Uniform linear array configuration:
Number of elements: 8
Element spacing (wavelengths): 1
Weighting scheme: hamming
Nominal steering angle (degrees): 0
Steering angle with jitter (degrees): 1.631
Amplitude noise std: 0.05
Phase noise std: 0.05

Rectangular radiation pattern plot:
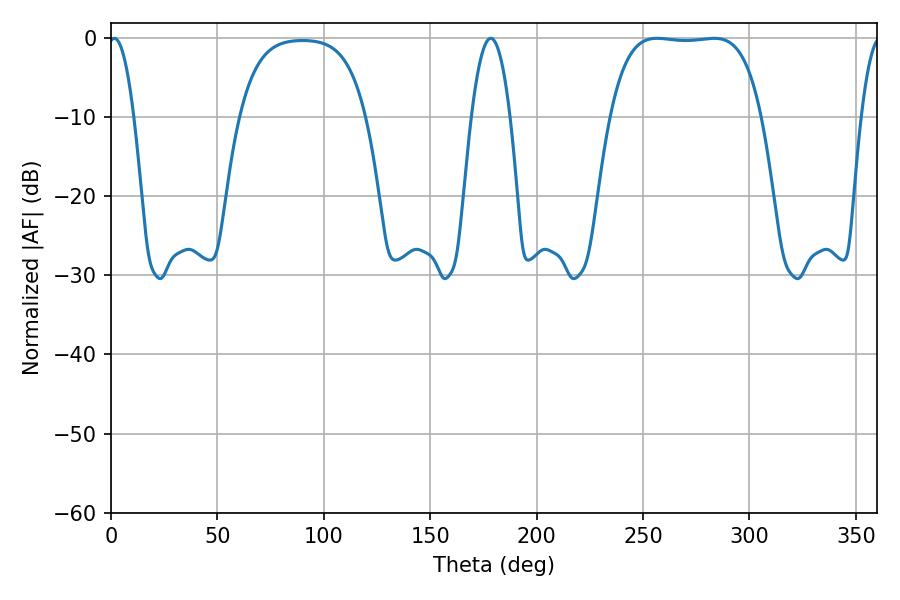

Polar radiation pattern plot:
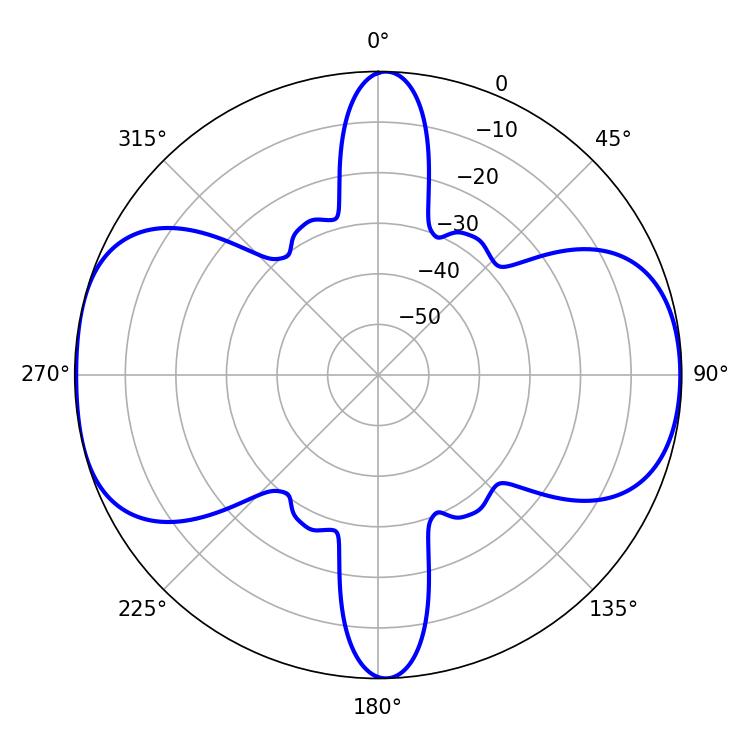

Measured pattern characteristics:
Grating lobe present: TRUE
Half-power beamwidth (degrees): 55.44
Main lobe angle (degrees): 256.68